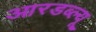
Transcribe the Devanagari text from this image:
आरडब्ल्यू